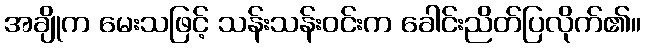
အချိုက မေးသဖြင့် သန်းသန်းဝင်းက ခေါင်းညိတ်ပြလိုက်၏။